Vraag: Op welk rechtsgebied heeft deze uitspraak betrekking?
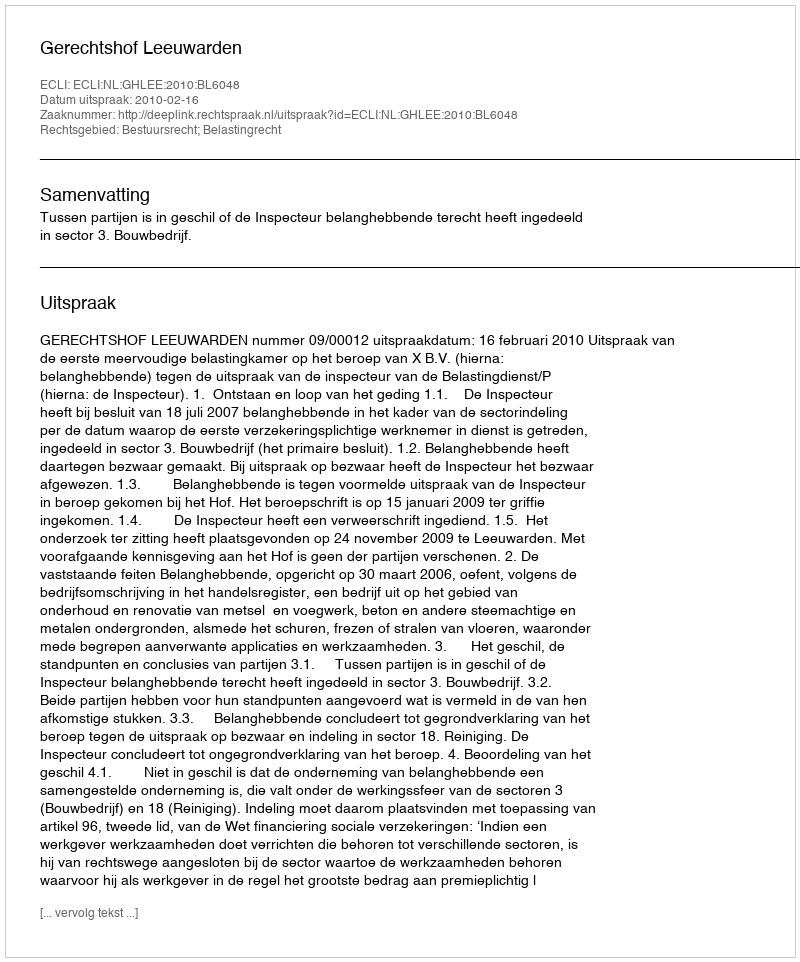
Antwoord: Bestuursrecht; Belastingrecht